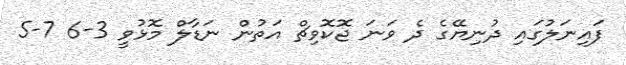
ފައިނަލުގައި ދުނިޔޭގެ ދެ ވަނަ ޖޮކޮވިޗް އަތުން ނަޑާލް މޮޅުވީ 3-6 7-5